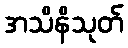
အသိနိသုတ်